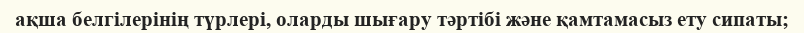
ақша белгілерінің түрлері, оларды шығару тәртібі және қамтамасыз ету сипаты;